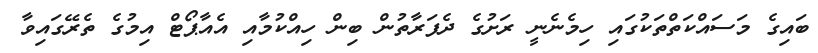
ބައިގެ މަސައްކަތްތަކުގައި ހިމެނެނީ ރަށުގެ ދެފަރާތުން ބިން ހިއްކުމާއި އެއާޕޯޓް އިމުގެ ތެރޭގައިވާ